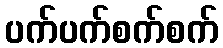
ပက်ပက်စက်စက်